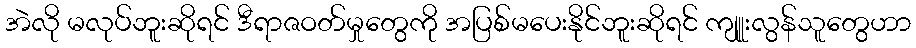
အဲလို မလုပ်ဘူးဆိုရင် ဒီရာဇဝတ်မှုတွေကို အပြစ်မပေးနိုင်ဘူးဆိုရင် ကျူုးလွန်သူတွေဟာ